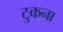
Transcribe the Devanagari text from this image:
टुकना